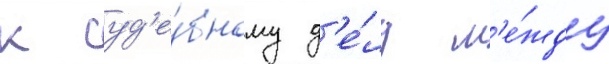
к суд'е́бному д'е́лу м'е́жду